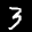
Label: 3